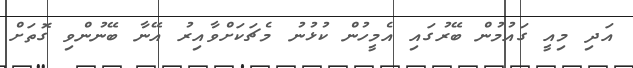
އަދި މިއީ ގައުމުން ބޭރުގައި އެމީހުން ކުޅުނު މެޗަކަށްވާއިރު އޭނާ ބޭނުންވި ގޮތަށް